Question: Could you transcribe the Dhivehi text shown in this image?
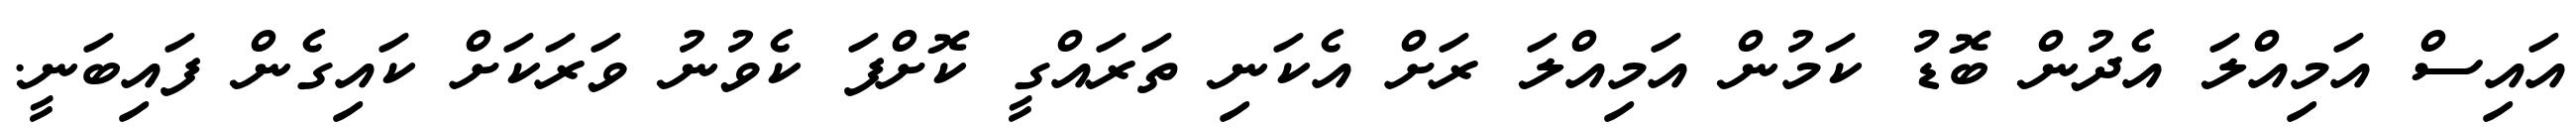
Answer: އައިސް އަމިއްލަ އެދުން ބޮޑު ކަމުން އަމިއްލަ ރަށް އެކަނި ތަރައްގީ ކޮށްފަ ކެވުނު ވަރަކަށް ކައިގެން ފައިބަނީ.